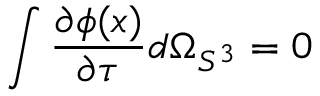
\int \frac { \partial \phi ( x ) } { \partial \tau } d \Omega _ { S ^ { 3 } } = 0